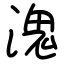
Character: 溾